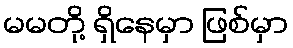
မမတို့ ရှိနေမှာ ဖြစ်မှာ